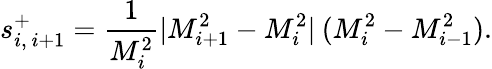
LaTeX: s_{i,\ i+1}^{+}=\frac{1}{M_{i}^{2}}|M_{i+1}^{2}-M_{i}^{2}|\: (M_{i}^{2}-M_{i-1}^{2}).